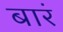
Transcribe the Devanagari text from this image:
बारं